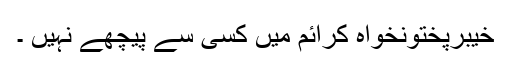
خیبرپختونخواہ کرائم میں کسی سے پیچھے نہیں ۔